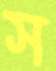
স